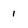
Character: 1